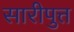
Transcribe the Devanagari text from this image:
सारीपुत्त